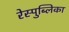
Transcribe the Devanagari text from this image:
रेस्पुब्लिका